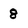
Character: 8